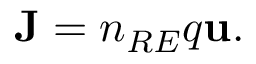
\begin{array} { r } { { \bf J } = n _ { R E } q { \bf u } . } \end{array}